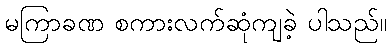
မကြာခဏ စကားလက်ဆုံကျခဲ့ ပါသည်။